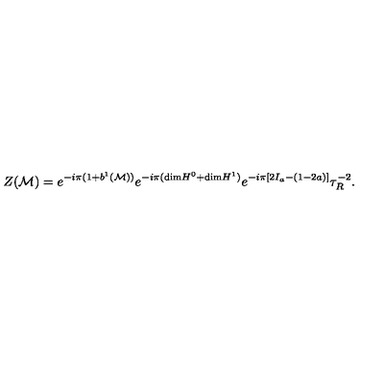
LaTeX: Z ( { \cal M } ) = e ^ { - i \pi ( 1 + b ^ { 1 } ( { \cal M } ) ) } e ^ { - i \pi ( \mathrm { d i m } H ^ { 0 } + \mathrm { d i m } H ^ { 1 } ) } e ^ { - i \pi [ 2 I _ { a } - ( 1 - 2 a ) ] } { \tau } _ { R } ^ { - 2 } .